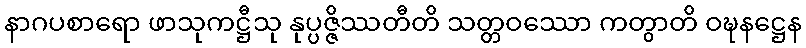
နာဂပစာရော ဖာသုကဋ္ဌီသု နုပ္ပဇ္ဇိဿတီတိ သတ္တဝဿော ကတွာတိ ဝဍ္ဎနဋ္ဌေန